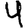
Digit: 4